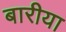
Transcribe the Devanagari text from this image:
बारीया